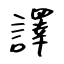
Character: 譯